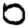
Digit: 0